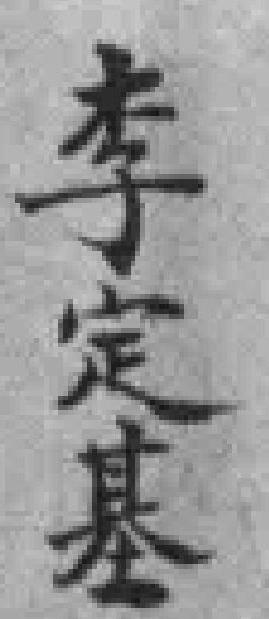
李定基